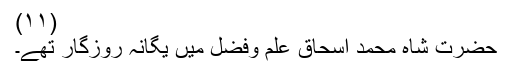
(۱۱)
حضرت شاہ محمد اسحاق علم وفضل میں یگانہ روزگار تھے۔